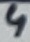
Text: 4